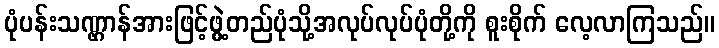
ပုံပန်းသဏ္ဌာန်အားဖြင့်ဖွဲ့တည်ပုံသို့အလုပ်လုပ်ပုံတို့ကို စူးစိုက် လေ့လာကြသည်။